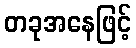
တခုအနေဖြင့်